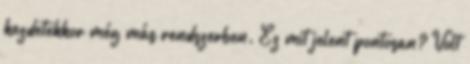
kezdetekkor még más rendszerben. Ez mit jelent pontosan? Volt